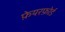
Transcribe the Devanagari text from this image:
फ़ेयरफ़ोर्ड